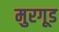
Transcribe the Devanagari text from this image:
मुरगूड